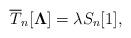
LaTeX: \begin{align*}\overline{T}_{n}[{\bf\Lambda}]=\lambda S_n[1],\end{align*}